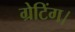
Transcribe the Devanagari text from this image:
ग्रेटिंग।